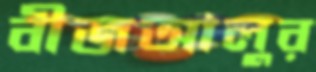
বীজআলুর